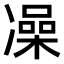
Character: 𫥛